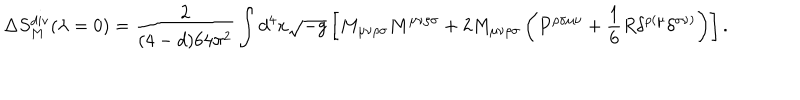
LaTeX: \Delta S _ { M } ^ { \mathrm { d i v } } ( \lambda = 0 ) = \frac { 2 } { ( 4 - d ) 6 4 \pi ^ { 2 } } \int d ^ { 4 } x \sqrt { - g } \left[ M _ { \mu \nu \rho \sigma } M ^ { \mu \nu \rho \sigma } + 2 M _ { \mu \nu \rho \sigma } \left( P ^ { \rho \sigma \mu \nu } + \frac { 1 } { 6 } R \delta ^ { \rho ( \mu } \delta ^ { \sigma \nu ) } \right) \right] .